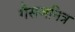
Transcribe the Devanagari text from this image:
गैसजनित्र